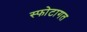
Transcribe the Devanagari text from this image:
स्फोटागत